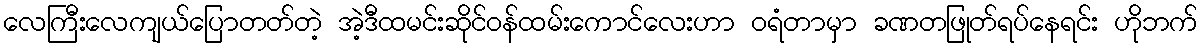
လေကြီးလေကျယ်ပြောတတ်တဲ့ အဲ့ဒီထမင်းဆိုင်ဝန်ထမ်းကောင်လေးဟာ ဝရံတာမှာ ခဏတဖြုတ်ရပ်နေရင်း ဟိုဘက်